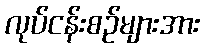
လုပ်ငန်းစဉ်များအား